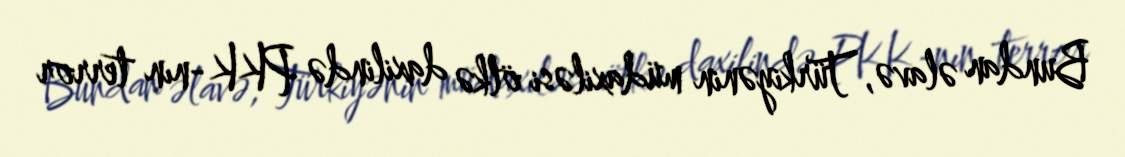
Bundan əlavə, Türkiyənin müdaxiləsi ölkə daxilində PKK-nın terror